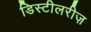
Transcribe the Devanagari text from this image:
डिस्टीलरीज़